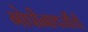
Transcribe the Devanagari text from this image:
गोपीनाथजींची